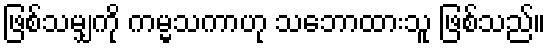
ဖြစ်သမျှကို ကမ္မသကာဟု သဘောထားသူ ဖြစ်သည်။